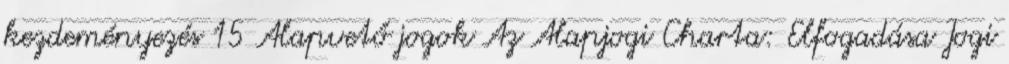
kezdeményezés 15 Alapvető jogok Az Alapjogi Charta: Elfogadása Jogi